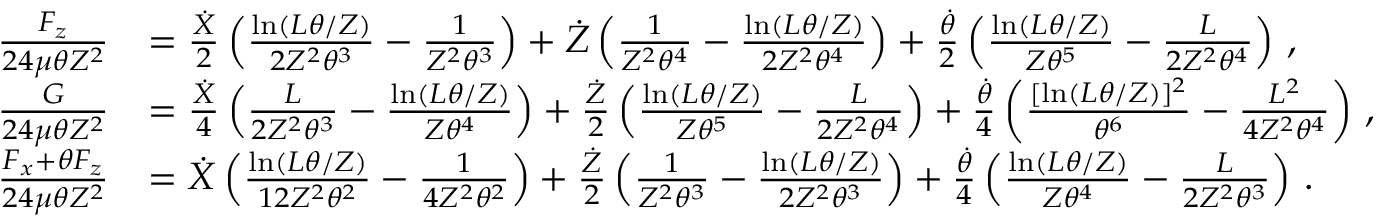
\begin{array} { r l } { \frac { F _ { z } } { 2 4 \mu \theta Z ^ { 2 } } } & { = \frac { \dot { X } } { 2 } \left( \frac { \ln ( L \theta / Z ) } { 2 Z ^ { 2 } \theta ^ { 3 } } - \frac { 1 } { Z ^ { 2 } \theta ^ { 3 } } \right) + \dot { Z } \left( \frac { 1 } { Z ^ { 2 } \theta ^ { 4 } } - \frac { \ln ( L \theta / Z ) } { 2 Z ^ { 2 } \theta ^ { 4 } } \right) + \frac { \dot { \theta } } { 2 } \left( \frac { \ln ( L \theta / Z ) } { Z \theta ^ { 5 } } - \frac { L } { 2 Z ^ { 2 } \theta ^ { 4 } } \right) \, , } \\ { \frac { G } { 2 4 \mu \theta Z ^ { 2 } } } & { = \frac { \dot { X } } { 4 } \left( \frac { L } { 2 Z ^ { 2 } \theta ^ { 3 } } - \frac { \ln ( L \theta / Z ) } { Z \theta ^ { 4 } } \right) + \frac { \dot { Z } } { 2 } \left( \frac { \ln ( L \theta / Z ) } { Z \theta ^ { 5 } } - \frac { L } { 2 Z ^ { 2 } \theta ^ { 4 } } \right) + \frac { \dot { \theta } } { 4 } \left( \frac { [ \ln ( L \theta / Z ) ] ^ { 2 } } { \theta ^ { 6 } } - \frac { L ^ { 2 } } { 4 Z ^ { 2 } \theta ^ { 4 } } \right) \, , } \\ { \frac { F _ { x } + \theta F _ { z } } { 2 4 \mu \theta Z ^ { 2 } } } & { = \dot { X } \left( \frac { \ln ( L \theta / Z ) } { 1 2 Z ^ { 2 } \theta ^ { 2 } } - \frac { 1 } { 4 Z ^ { 2 } \theta ^ { 2 } } \right) + \frac { \dot { Z } } { 2 } \left( \frac { 1 } { Z ^ { 2 } \theta ^ { 3 } } - \frac { \ln ( L \theta / Z ) } { 2 Z ^ { 2 } \theta ^ { 3 } } \right) + \frac { \dot { \theta } } { 4 } \left( \frac { \ln ( L \theta / Z ) } { Z \theta ^ { 4 } } - \frac { L } { 2 Z ^ { 2 } \theta ^ { 3 } } \right) \, . } \end{array}